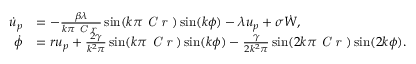
\begin{array} { r l } { \dot { u } _ { p } } & { = - \frac { \beta \lambda } { k \pi \mathrm { \textit { C r } } } \sin ( k \pi \mathrm { \textit { C r } } ) \sin ( k \phi ) - \lambda u _ { p } + \sigma \dot { W } , } \\ { \dot { \phi } } & { = r u _ { p } + \frac { 2 \gamma } { k ^ { 2 } \pi } \sin ( k \pi \mathrm { \textit { C r } } ) \sin ( k \phi ) - \frac { \gamma } { 2 k ^ { 2 } \pi } \sin ( 2 k \pi \mathrm { \textit { C r } } ) \sin ( 2 k \phi ) . } \end{array}